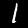
Label: 1